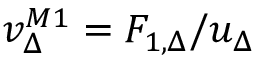
\begin{array} { r } { v _ { \Delta } ^ { M 1 } = F _ { 1 , \Delta } / u _ { \Delta } } \end{array}